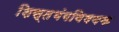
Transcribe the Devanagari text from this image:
शिस्तभंगविषयक